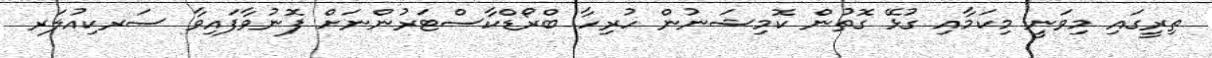
ތިރީގައި މިވަނީ މިކަމާއި ގުޅޭ ގޮތުން ކޮމިޝަނުން ހުރިހާ ބްރޯޑްކާސްޓަރުންނަށް ފޮނުވާފައިވާ ސަރކިއުލަރ